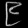
Digit: ၉